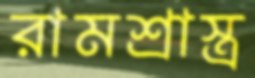
রামশ্রাস্ত্র